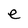
Character: e